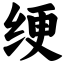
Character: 绠